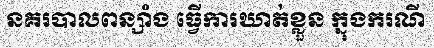
នគរបាលពន្សាំង ធ្វើការឃាត់ខ្លួន ក្នុងករណី